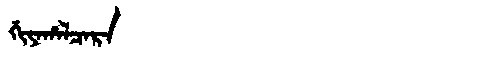
Manchu: ᡤᡳᠶᠠᡥᠠᠯᠴᠠᡵᠠ
Romanization: GIYAHALCARA